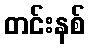
တင်းနစ်